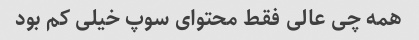
همه چی عالی فقط محتوای سوپ خیلی کم بود